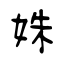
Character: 姝